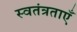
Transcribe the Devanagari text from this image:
स्वतंत्रताएँ